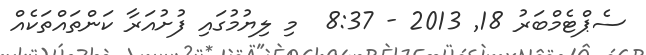
ސެޕްޓެމްބަރު 18